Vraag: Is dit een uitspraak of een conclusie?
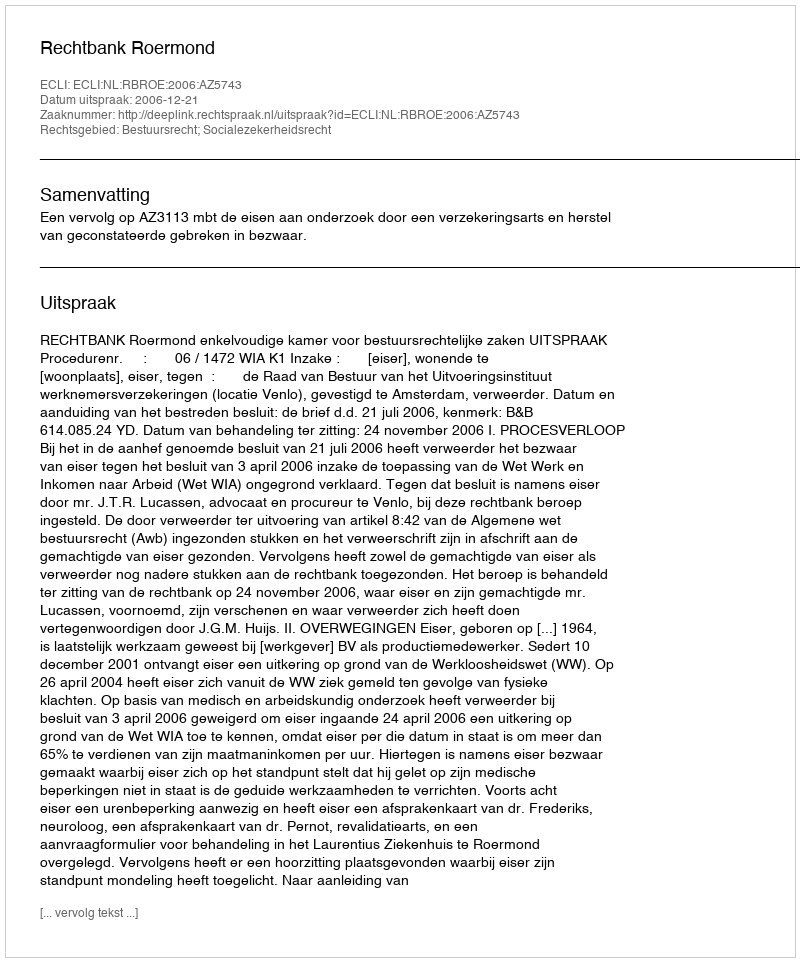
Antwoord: Uitspraak